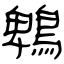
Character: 鵯